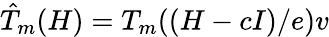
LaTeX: \hat{T}_{m}(H)=T_{m}((H-cI)/e)v